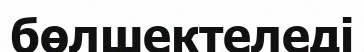
бөлшектеледі